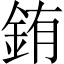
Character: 銪